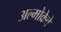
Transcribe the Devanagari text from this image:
अल्मोक्रेवे